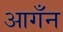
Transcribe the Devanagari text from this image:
आगँन